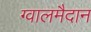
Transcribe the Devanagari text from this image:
ग्वालमैदान